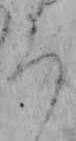
ろ